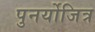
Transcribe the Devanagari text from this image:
पुनर्योजित्र